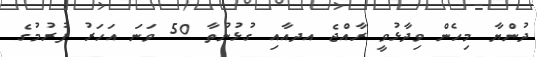
ދުންޔާ މިހެން ވިދާޅުވީ ރާއްޖެ އދއާއި ގުޅުނުތާ 50 ވަނަ އަހަރު ފުރުމުގެ